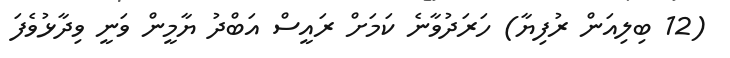
(12 ބިލިއަން ރުފިޔާ) ހަރަދުވާނެ ކަމަށް ރައީސް އަބްދު ޔާމީން ވަނީ ވިދާޅުވެފަ